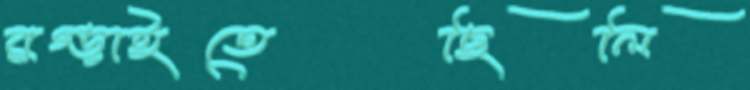
রগ্‌ড়াইতেছিলি